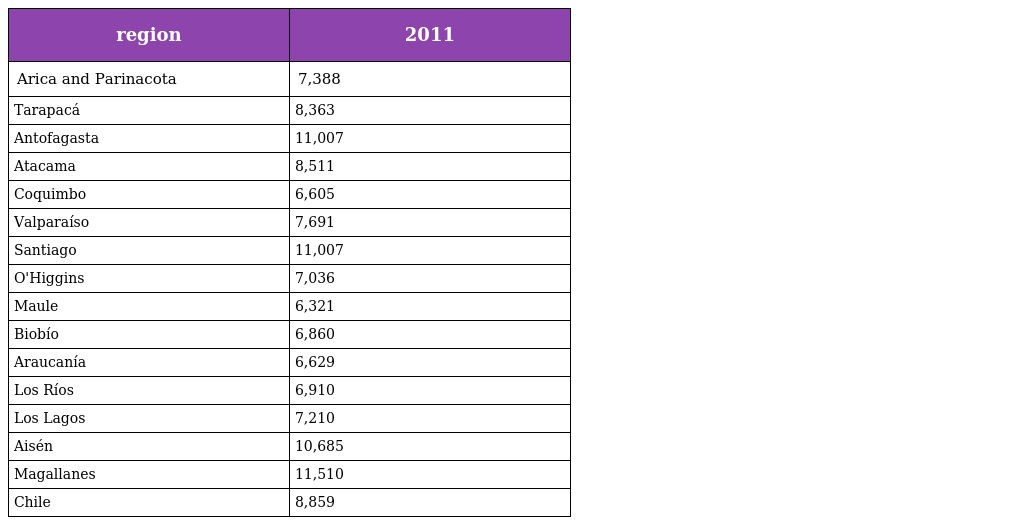
| region | 2011 |
 | --- | --- |
 | Arica and Parinacota | 7,388 |
 | Tarapacá | 8,363 |
 | Antofagasta | 11,007 |
 | Atacama | 8,511 |
 | Coquimbo | 6,605 |
 | Valparaíso | 7,691 |
 | Santiago | 11,007 |
 | O'Higgins | 7,036 |
 | Maule | 6,321 |
 | Biobío | 6,860 |
 | Araucanía | 6,629 |
 | Los Ríos | 6,910 |
 | Los Lagos | 7,210 |
 | Aisén | 10,685 |
 | Magallanes | 11,510 |
 | Chile | 8,859 |